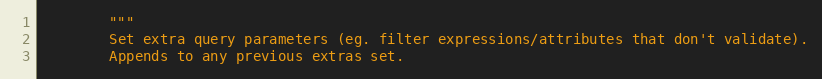
Language: Python
        """
        Set extra query parameters (eg. filter expressions/attributes that don't validate).
        Appends to any previous extras set.